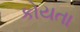
કોયતા